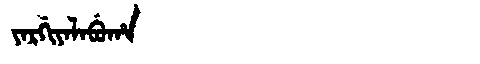
Manchu: ᠶᠠᡵᡤᡳᠶᠠᠯᠠᠪᡠᡥᠠ
Romanization: YARGIYALABUHA